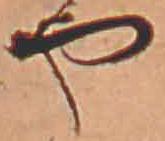
や